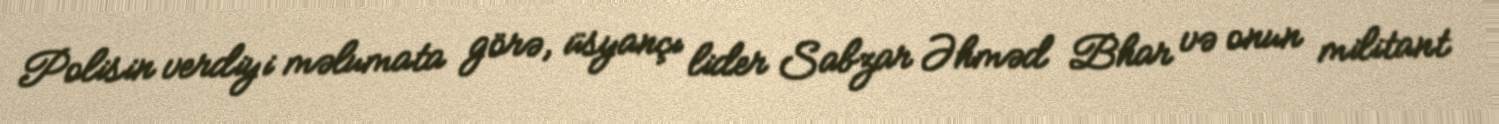
Polisin verdiyi məlumata görə, üsyançı lider Sabzar Əhməd Bhar və onun militant